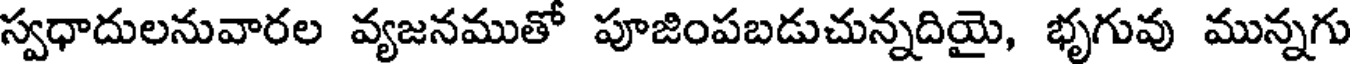
స్వధాదులనువారల వ్యజనముతో పూజింపబడుచున్నదియై, భృగువు మున్నగు